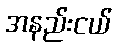
အနည်းငယ်